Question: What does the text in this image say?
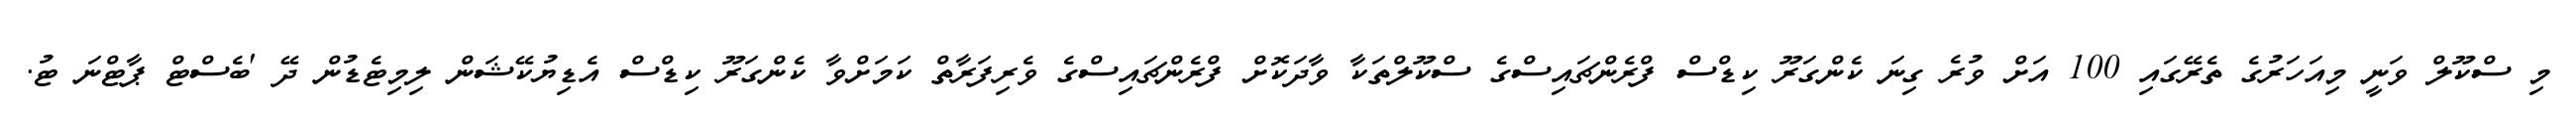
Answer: މި ސްކޫލް ވަނީ މިއަހަރުގެ ތެރޭގައި 100 އަށް ވުރެ ގިނަ ކެންގަރޫ ކިޑްސް ފްރެންޗައިސްގެ ސްކޫލްތަކާ ވާދަކޮށް ފްރެންޗައިސްގެ ވެރިފަރާތް ކަމަށްވާ ކެންގަރޫ ކިޑްސް އެޑިޔުކޭޝަން ލިމިޓެޑުން ދޭ 'ބެސްޓް ޕާޓްނަ ޓު.